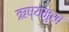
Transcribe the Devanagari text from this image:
ऋष्यमुख